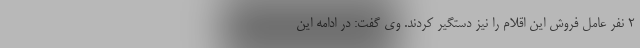
۲ نفر عامل فروش این اقلام را نیز دستگیر کردند. وی گفت: در ادامه این